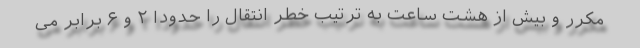
مکرر و بیش از هشت ساعت به ترتیب خطر انتقال را حدودا ۲ و ۶ برابر می